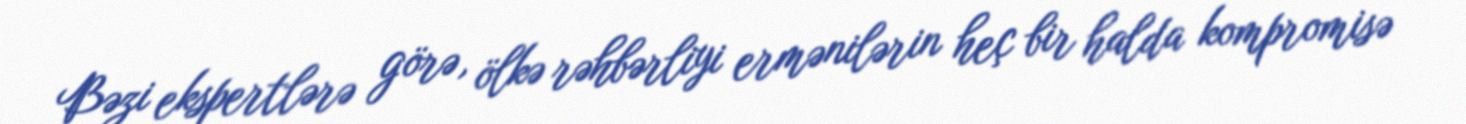
Bəzi ekspertlərə görə, ölkə rəhbərliyi ermənilərin heç bir halda kompromisə